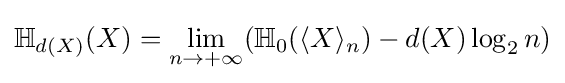
\mathbb {H} _{d(X)}(X)=\lim _{n\rightarrow +\infty }(\mathbb {H} _{0}(\langle X\rangle _{n})-d(X)\log _{2}n)